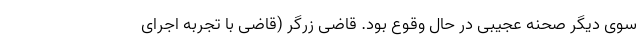
سوی دیگر صحنه عجیبی در حال وقوع بود. قاضی زرگر (قاضی با تجربه اجرای